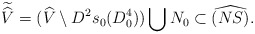
\begin{align*}\widetilde{\widehat{V}}=(\widehat{V}\setminus D^2s_0(D^4_0))\bigcup N_0\subset \widehat{(NS)}.\end{align*}